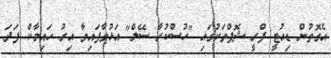
އެގޮތުން ޑިއުޓީ ފްރީ ޝޮޕްތަކުގައި "ހުސްކުރާ ސޭލް" އަޅުވާފައިވާ އިރު ހައިމާކް ފަދަ